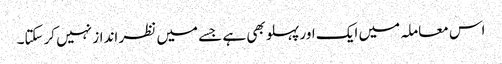
اس معاملہ میں ایک اور پہلو بھی ہے جسے میں نظر انداز نہیں کرسکتا۔